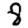
Digit: 8